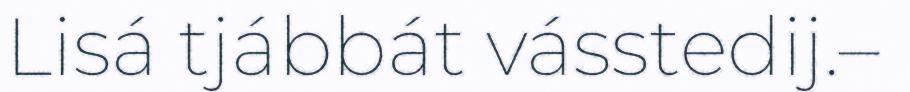
Lisá tjábbát vásstedij.–